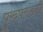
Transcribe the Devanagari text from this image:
पुरुषमंडळी